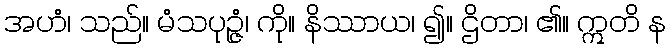
အဟံ၊ သည်။ မံသပုဉ္ဇံ၊ ကို။ နိဿာယ၊ ၍။ ဌိတာ၊ ၏။ ဣတိ န